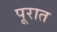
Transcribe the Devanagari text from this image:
पूरात